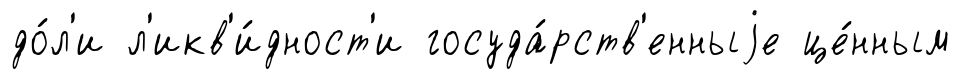
до́л'и л'икв'и́дност'и госуда́рств'енныjе це́нным